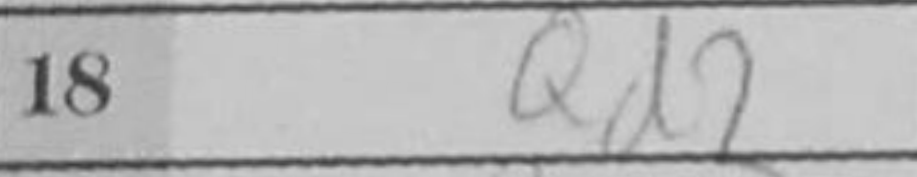
Transcription: Nxe4